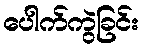
ပေါက်ကွဲခြင်း